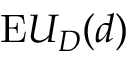
{ \mathrm { E } } U _ { D } ( d )